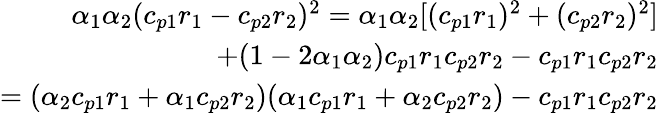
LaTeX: \begin{array}{r}{\alpha_{1}\alpha_{2}(c_{p1}r_{1}-c_{p2}r_{2})^{2}=\alpha_{1}\alpha_{2}[(c_{p1}r_{1})^{2}+(c_{p2}r_{2})^{2}]}\\ {+(1-2\alpha_{1}\alpha_{2})c_{p1}r_{1}c_{p2}r_{2}-c_{p1}r_{1}c_{p2}r_{2}}\\ {=(\alpha_{2}c_{p1}r_{1}+\alpha_{1}c_{p2}r_{2})(\alpha_{1}c_{p1}r_{1}+\alpha_{2}c_{p2}r_{2})-c_{p1}r_{1}c_{p2}r_{2}}\end{array}